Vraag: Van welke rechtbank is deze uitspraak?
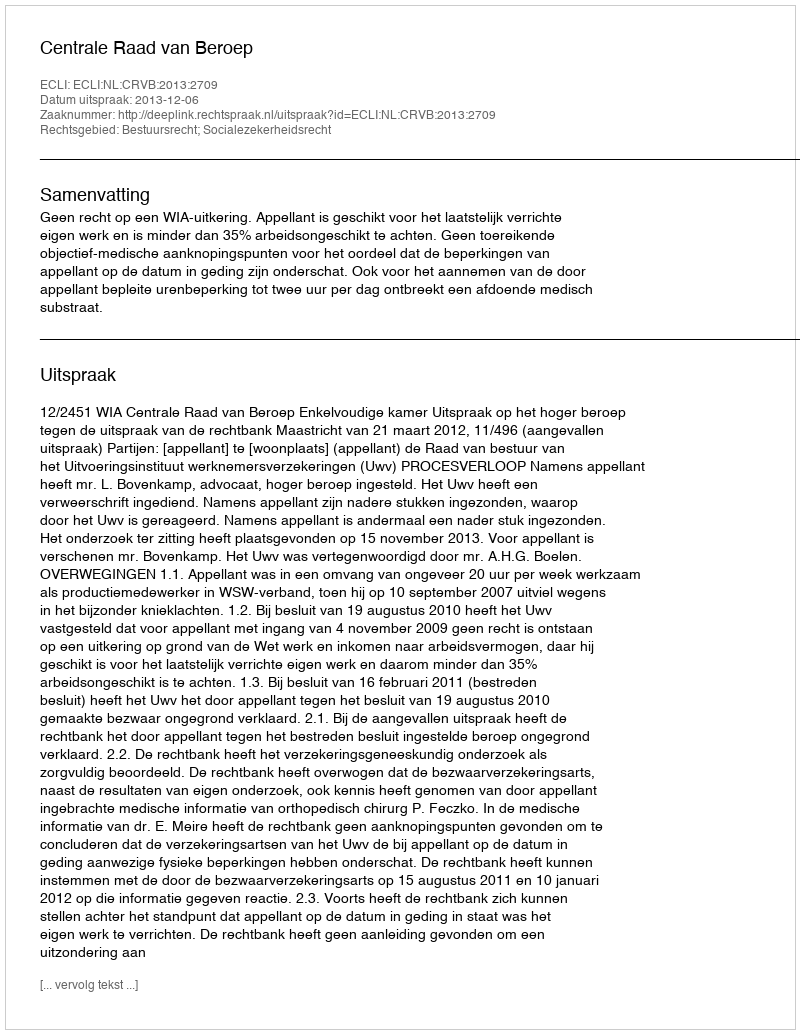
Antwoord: Centrale Raad van Beroep